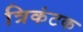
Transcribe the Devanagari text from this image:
त्रिकंटक